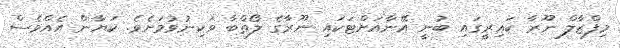
މިފްޒާލް ނޫރާ ކައިރީގައި ބުނީ އޭނާއަށްޓަކައި ނޫރާގެ ލޯތްބާ ވަކިނުވުމަށެވެ. ކަޔާން އެއްވެސް